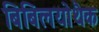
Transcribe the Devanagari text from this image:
बिबिलयोथैक